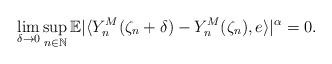
LaTeX: \begin{align*} \lim_{\delta\rightarrow 0}\sup_{n\in\mathbb{N}} \mathbb{E} | \langle Y_n^M(\zeta_n +\delta)-Y_n^M(\zeta_n) , e\rangle |^{\alpha} = 0 . \end{align*}